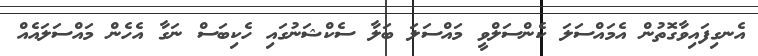
އެނގިފައިވާގޮތުން އެމައްސަލަ ކެންސަލްވީ މައްސަލަ ބަލާ ސެކްޝަނުގައި ހެކިބަސް ނަގާ އެހެން މައްސަލައެއް